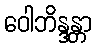
ဝေါဘိန္ဒန္တာ